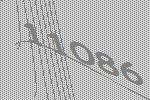
11086